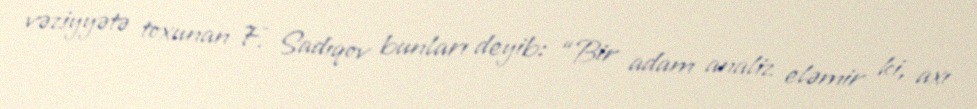
vəziyyətə toxunan F. Sadıqov bunları deyib: “Bir adam analiz eləmir ki, axı